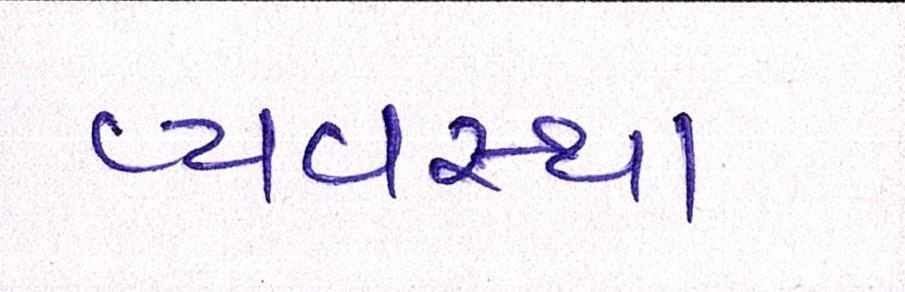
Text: વ્યવ્સથા